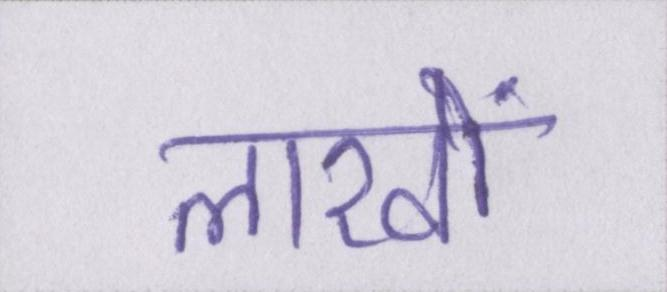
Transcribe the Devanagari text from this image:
लाखों